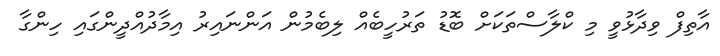
އާތިފް ވިދާޅުވީ މި ކްލާސްތަކަށް ބޮޑު ތަރުހީބެއް ލިބެމުން އަންނައިރު އިމާދުއްދީންގައި ހިންގާ